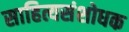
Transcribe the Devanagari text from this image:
साहित्यसंशोधक